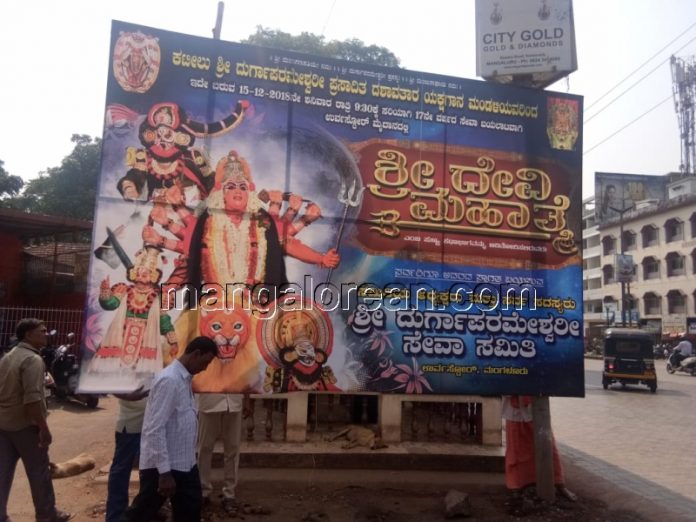
Language: kannada
Transcription: ಶ್ರೀ ಸಮಿತಿ ಶ್ರೀ ದೇವಿ